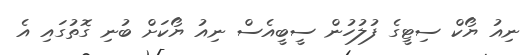
ނިއު ޔޯކް ސިޓީގެ ފުލުހުން ސީބީއެސް ނިއު ޔޯކަށް ބުނި ގޮތުގައި އެ